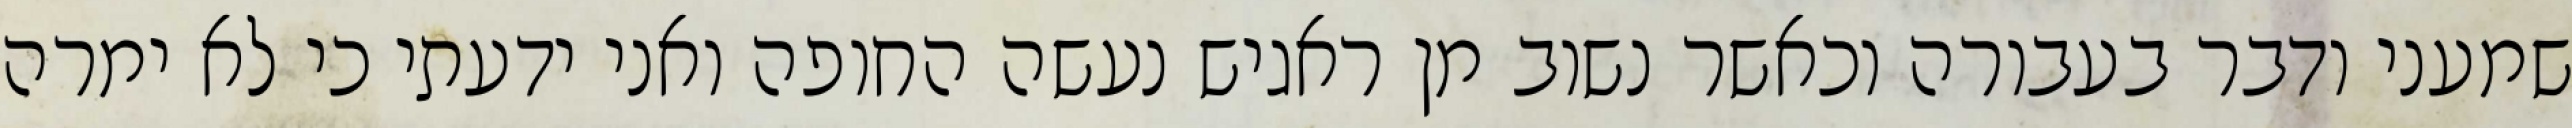
שמעני ודבר בעבורה וכאשר נשוב מן ראגיש נעשה החופה ואני ידעתי כי לא ימרה